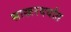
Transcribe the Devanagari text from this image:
साखरदर्यात